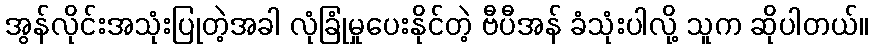
အွန်လိုင်းအသုံးပြုတဲ့အခါ လုံခြုံမှုပေးနိုင်တဲ့ ဗီပီအန် ခံသုံးပါလို့ သူက ဆိုပါတယ်။